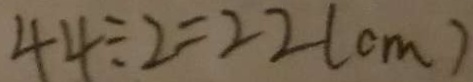
4 4 \div 2 = 2 2 ( c m )